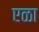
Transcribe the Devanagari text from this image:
एळा